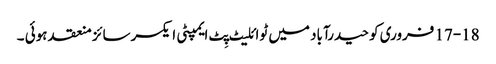
17-18 فروری کو حیدرآباد میں ٹوائلیٹ پِٹ ایمپٹی ایکسرسائز منعقد ہوئی ۔